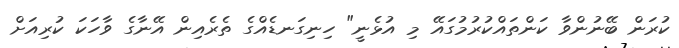
ކުރަން ބޭނުންވާ ކަންތައްކުރުމުގައޭ މި އުޅެނީ" ހިނިގަނޑެއްގެ ތެރެއިން އޭނާގެ ވާހަކަ ކުރިއަށް